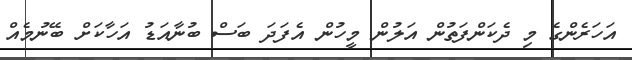
އަހަރެންގެ މި ދެކަންފަތުން އަލުން މީހުން އެފަދަ ބަސް ބުނާއަޑު އަހާކަށް ބޭނުމެއް